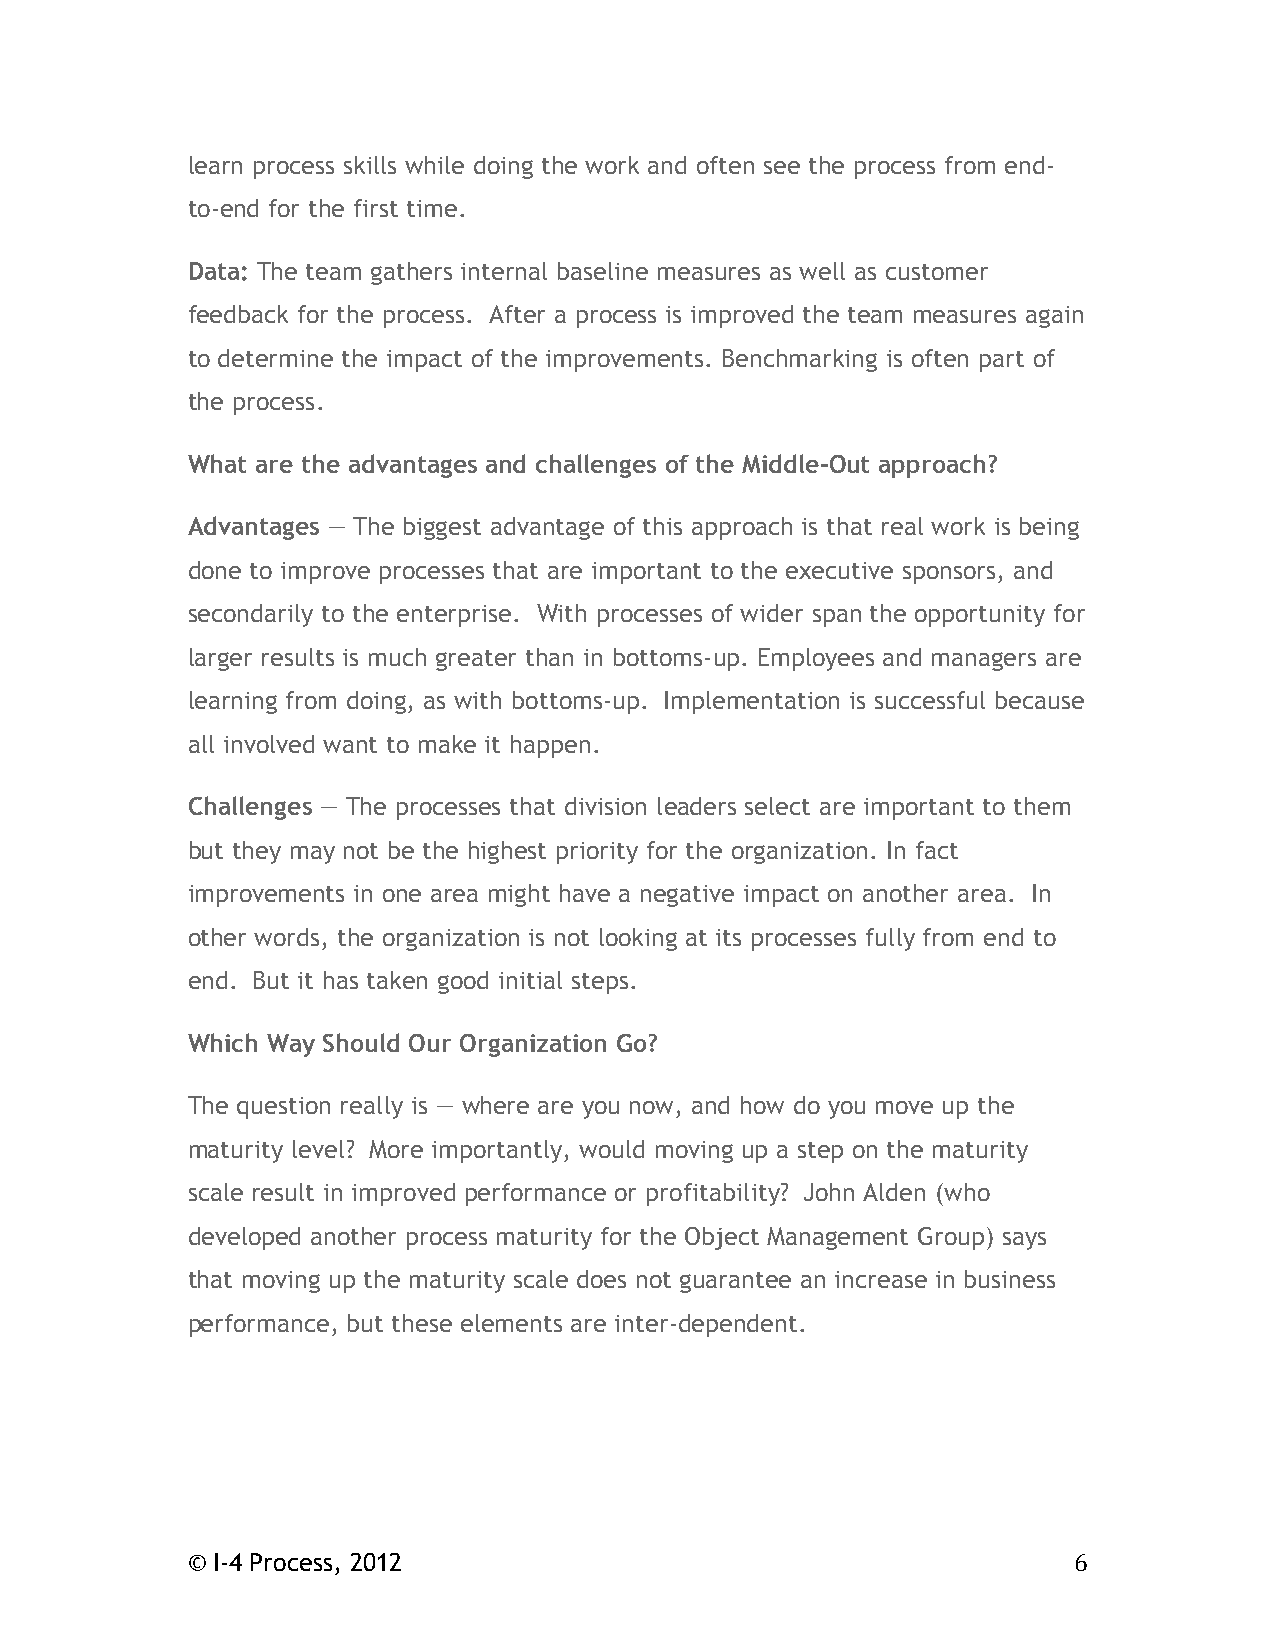
learn process skills while doing the work and often see the process from end-
 to-end for the first time.
 Data: The team gathers internal baseline measures as well as customer
 feedback for the process. After a process is improved the team measures again
 to determine the impact of the improvements. Benchmarking is often part of
 the process.
 What are the advantages and challenges of the Middle-Out approach?
 Advantages — The biggest advantage of this approach is that real work is being
 done to improve processes that are important to the executive sponsors, and
 secondarily to the enterprise. With processes of wider span the opportunity for
 larger results is much greater than in bottoms-up. Employees and managers are
 learning from doing, as with bottoms-up. Implementation is successful because
 all involved want to make it happen.
 Challenges — The processes that division leaders select are important to them
 but they may not be the highest priority for the organization. In fact
 improvements in one area might have a negative impact on another area. In
 other words, the organization is not looking at its processes fully from end to
 end. But it has taken good initial steps.
 Which Way Should Our Organization Go?
 The question really is — where are you now, and how do you move up the
 maturity level? More importantly, would moving up a step on the maturity
 scale result in improved performance or profitability? John Alden (who
 developed another process maturity for the Object Management Group) says
 that moving up the maturity scale does not guarantee an increase in business
 performance, but these elements are inter-dependent.
 © I-4 Process, 2012                                        6